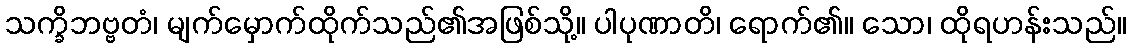
သက္ခိဘဗ္ဗတံ၊ မျက်မှောက်ထိုက်သည်၏အဖြစ်သို့။ ပါပုဏာတိ၊ ရောက်၏။ သော၊ ထိုရဟန်းသည်။